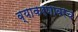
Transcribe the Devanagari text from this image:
व्याकरणावरच